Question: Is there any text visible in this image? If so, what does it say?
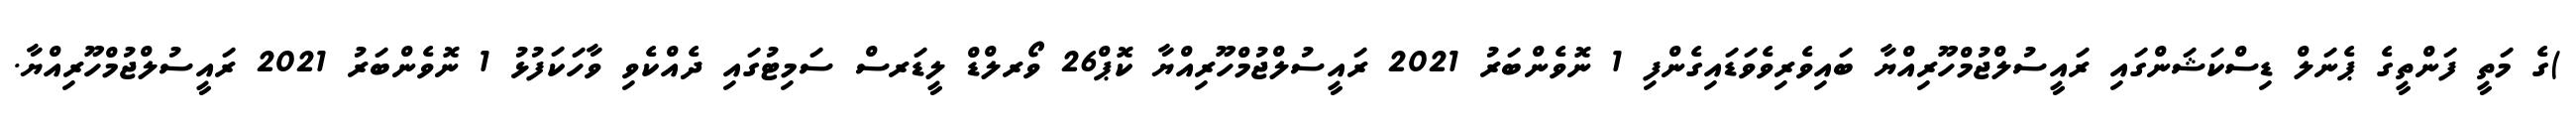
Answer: )ގެ މަތީ ފަންތީގެ ޕެނަލް ޑިސްކަޝަންގައި ރައީސުލްޖުމްހޫރިއްޔާ ބައިވެރިވެވަޑައިގެންފި 1 ނޮވެންބަރު 2021 ރައީސުލްޖުމްހޫރިއްޔާ ކޮޕް26 ވޯރލްޑް ލީޑަރސް ސަމިޓުގައި ދެއްކެވި ވާހަކަފުޅު 1 ނޮވެންބަރު 2021 ރައީސުލްޖުމްހޫރިއްޔާ.